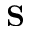
{ \bf S }